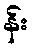
န်း